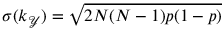
\sigma ( k _ { \mathcal { Y } } ) = \sqrt { 2 N ( N - 1 ) p ( 1 - p ) }